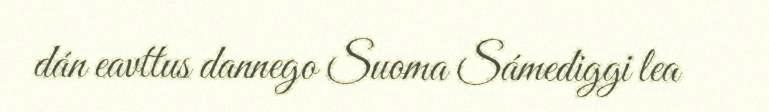
dán eavttus dannego Suoma Sámediggi lea